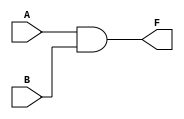
`timescale 1ns / 1ps
//////////////////////////////////////////////////////////////////////////////////
// Company: 
// Engineer: 
// 
// Design Name: 
// Module Name:    And2gate 
// Project Name: 
// Target Devices: 
// Tool versions: 
// Description: 
//
// Dependencies: 
//
// Revision: 
// Revision 0.01 - File Created
// Additional Comments: 
//
//////////////////////////////////////////////////////////////////////////////////
module And2gate(A,B,F);
	input A,B;
	output F;
	reg F;
	
	always @(A,B)
	begin
		F<=A&B;
		end

endmodule